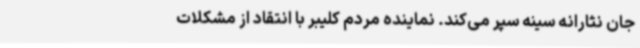
جان نثارانه سینه سپر می‌کند. نماینده مردم کلیبر با انتقاد از مشکلات